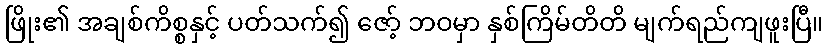
ဖြိုး၏ အချစ်ကိစ္စနှင့် ပတ်သက်၍ ဇော့် ဘဝမှာ နှစ်ကြိမ်တိတိ မျက်ရည်ကျဖူးပြီ။